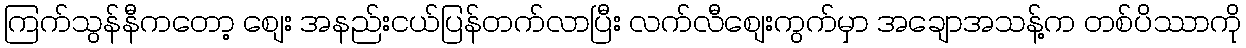
ကြက်သွန်နီကတော့ စျေး အနည်းငယ်ပြန်တက်လာပြီး လက်လီစျေးကွက်မှာ အချောအသန့်က တစ်ပိဿာကို